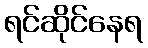
ရင်ဆိုင်နေရ